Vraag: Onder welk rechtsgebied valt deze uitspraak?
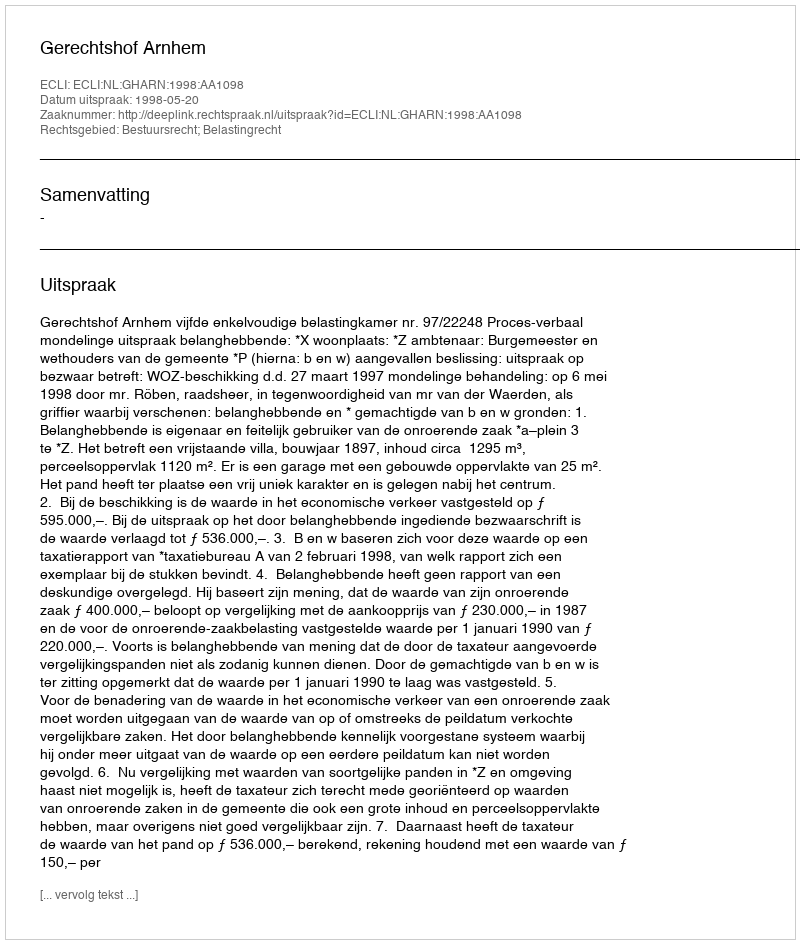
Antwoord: Bestuursrecht; Belastingrecht